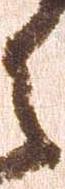
之